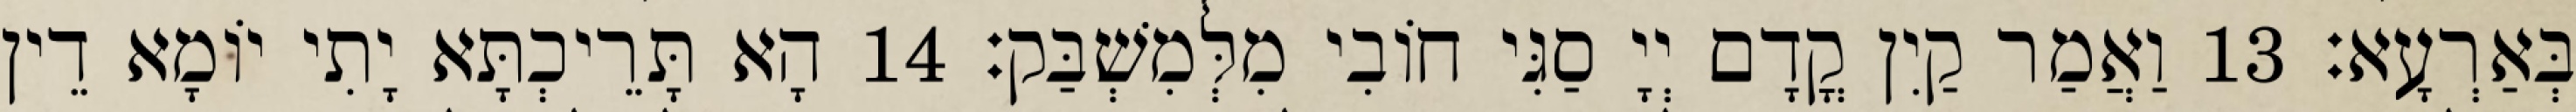
בְּאַרְעָא׃ 13 וַאֲמַר קַיִן קֳדָם יְיָ סַגִּי חוֹבִי מִלְּמִשְׁבַּק׃ 14 הָא תָּרֵיכְתָּא יָתִי יוֹמָא דֵין